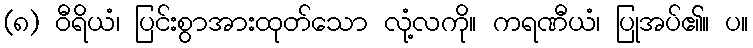
(၈) ဝီရိယံ၊ ပြင်းစွာအားထုတ်သော လုံ့လကို။ ကရဏီယံ၊ ပြုအပ်၏။ ပ။